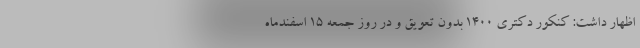
اظهار داشت: کنکور دکتری ۱۴۰۰ بدون تعویق و در روز جمعه ۱۵ اسفندماه